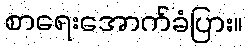
စာရေးအောက်ခံပြား။